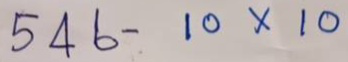
546 - 10 x 10